Sketch of the medical history of the native army of Bombay, for the year
Year: 1870
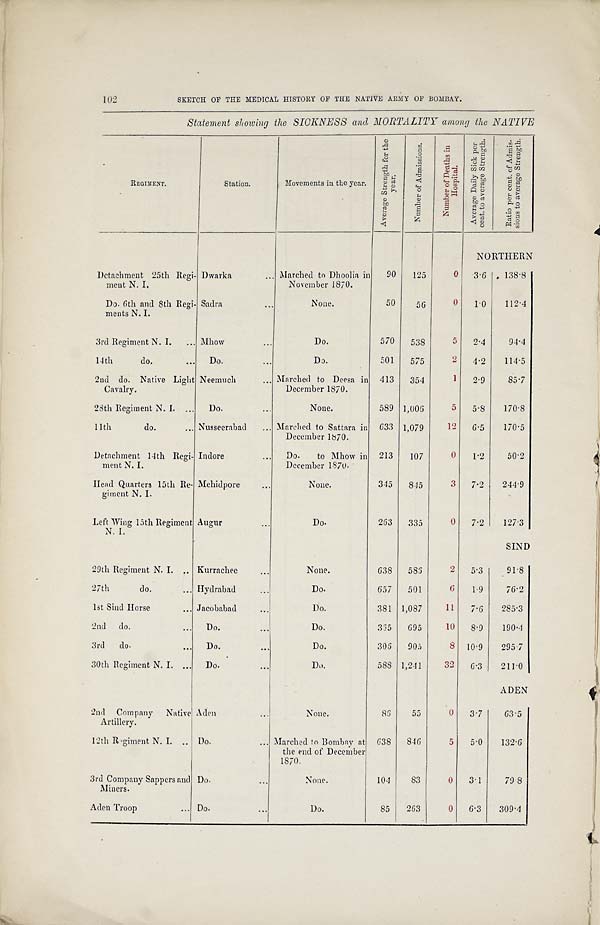
102
SKETCH OF THE MEDICAL HISTORY OF THE NATIVE ARMY OF BOMBAY.
Statement showing the SICKNESS and MORTALITY among the NATIVE
REGIMENT.
Station.
Movements in the year.
A v e r a g e S t r e n g t h f o r t h e
y e a r .
N u m b e r o f A d m i s s i o n s .
N u m b e r o f D e a t h s i n
H o s p i t a l .
A v e r a g e D a i l y S i c k p e r
c e n t . t o a v e r a g e S t r e n g t h .
R a t i o p e r c e n t . o f A d m i s -
s i o n s t o a v e r a g e S t r e n g t h .
NORTHERN
Detachment 25th Regi-
ment N. I.
Dwarka
... Marched to Dhoolia in
November 1870.
90 125
0 .3.6 138.8
Do. 6th and 8th Regi-
ments N. I.
Sadra
...
None.
50
56
0 1.0 112.4
3rd Regiment N. I. ... Mhow
...
Do.
570 538
5 2.4
94.4
11th
do.
... Do.
...
Do.
501 575
2 4.2 114.5
2nd do. Native Light
Cavalry.
Neemuch
... Marched to Deesa in
December 1870.
413 354
1 2.9
85.7
28th Regiment N. I. ... Do.
...
None.
589 1,005
5 5.8 170.8
11th
do.
... Nusseerabad ... Marched to Sattara in
December 1870.
633 1,079
12 6.5 170.5
Detachment 14th Regi-
ment N. I.
Indore
... Do. to Mhow in
December 1870.
213 107
0 1.2
50.2
Head Quarters 15th Re-
giment N. I.
Mehidpore
...
None.
345 815
3 7.2 244.9
Left Wing 15th Regiment.
N. I.
Augur
...
Do.
263 335
0 7.2 127.3
SIND
29th Regiment N. I. .. Kurrachee...
None.
638 585
2 5.3
91.8
27th
do.
... Hydrabad
...
Do.
657 501
6 1.9
76.2
1st Sind Horse
... Jacobabad...
D o .
381 1,087
11 7.6 285.3
2nd do.
... Do...
D o .
365 695
10 8.9 190.4
3rd do.
... Do... ..
D o .
306 905
8 10.9 295.7
30th Regiment N. I. . . . Do.
...
Do.
588 1,241
32 6.3 211.0
ADEN
2nd Company Native
Artillery.
Aden
...
None.
85
55
0 3.7
63.5
12th Regiment N. I. .. Do.
... Marched to Bombay at
the end of December
1870.
638 846
5 5.0 132.6
3rd Company Sappers and
Miners.
Do...
N o n e . 104
83
0 3.1
79.8
Aden Troop
... Do...
D o . 85 263
0 6.3 309.4